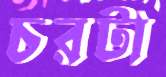
চরটা